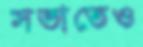
সভাতেও